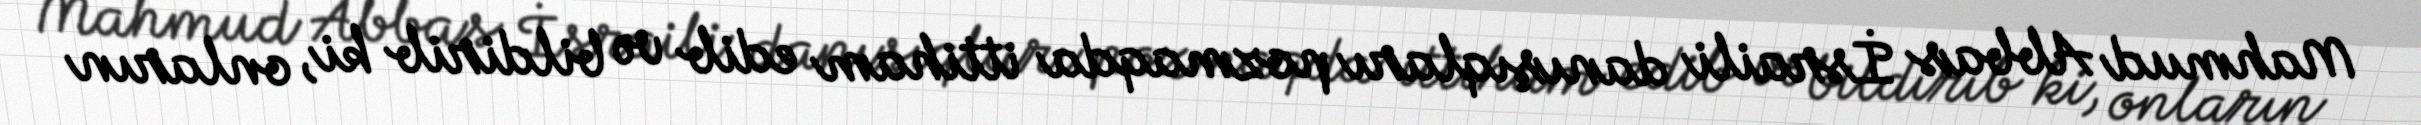
Mahmud Abbas İsraili danışıqları pozmaqda ittiham edib və bildirib ki, onların